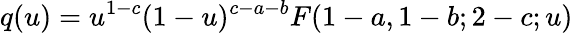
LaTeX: q(u)=u^{1-c}(1-u)^{c-a-b}F(1-a,1-b;2-c;u)